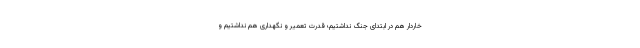
خاردار هم در ابتدای جنگ نداشتیم؛ قدرت تعمیر و نگهداری هم نداشتیم و